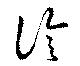
診